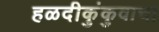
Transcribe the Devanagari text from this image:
हळदीकुंकुवाचा